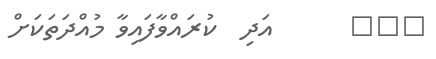
١٠٤      އަދި  ކުރައްވާފައިވާ މުއްދަތަކަށް